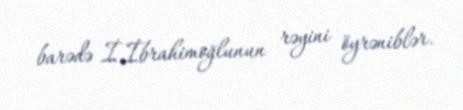
barədə İ.İbrahimoğlunun rəyini öyrəniblər.